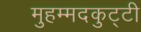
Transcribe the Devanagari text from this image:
मुहम्मदकुट्टी